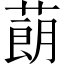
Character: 蓢